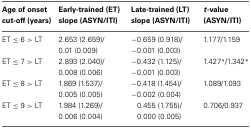
<table><thead><tr><td><b>Age of onset cut-off (years)</b></td><td><b>Early-trained (ET) slope (ASYN/ITI)</b></td><td><b>Late-trained (LT) slope (ASYN/ITI)</b></td><td><b><i>t</i>-value (ASYN/ITI)</b></td></tr></thead><tbody><tr><td>ET ≤ 6 &gt; LT</td><td>2.653 (2.659)/0.01 (0.009)</td><td>−0.659 (0.918)/−0.001 (0.003)</td><td>1.177/1.159</td></tr><tr><td>ET ≤ 7 &gt; LT</td><td>2.893 (2.040)/0.008 (0.006)</td><td>−0.432 (1.125)/−0.001 (0.003)</td><td>1.427<sup>*</sup>/1.342<sup>*</sup></td></tr><tr><td>ET ≤ 8 &gt; LT</td><td>1.869 (1.537)/0.005 (0.005)</td><td>−0.418 (1.454)/−0.002 (0.004)</td><td>1.089/1.093</td></tr><tr><td>ET ≤ 9 &gt; LT</td><td>1.984 (1.269)/0.006 (0.004)</td><td>0.455 (1.755)/0.000 (0.005)</td><td>0.706/0.937</td></tr></tbody></table>